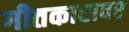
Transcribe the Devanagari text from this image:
गीतकारावर